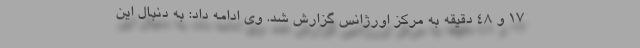
۱۷ و ۴۸ دقیقه به مرکز اورژانس گزارش شد. وی ادامه داد: به دنبال این